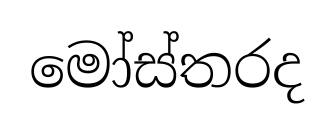
මෝස්තරද